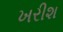
ખરીશ